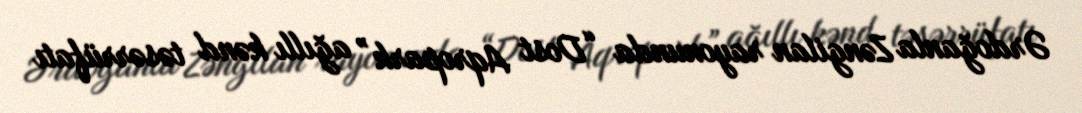
Ərdoğanla Zəngilan rayonunda “Dost Aqropark” ağıllı kənd təsərrüfatı